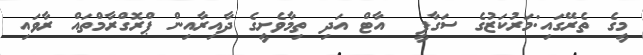
މީގެ ތެރޭގައި:މަރުކަޒުގެ ސަގާފީ  އާޓް އަދި ތިމާވެށީގެ ދާއިރާއިން ޕްރޮގްރާމްތައް ރާވައި